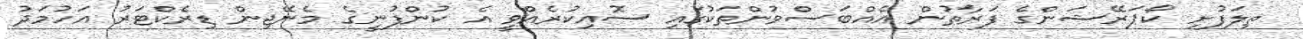
ތިލަފުށި ކޯޕަރޭޝަންގެ ފަރާތުން އެއްބަސްވުންތަކުގައި ސޮއިކުރެއްވީ އެ ކުންފުނީގެ މެނޭޖިން ޑިރެކްޓަރު އަހުމަދު